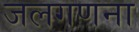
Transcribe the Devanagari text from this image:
जलगणना